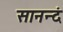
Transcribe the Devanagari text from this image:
सानन्दं